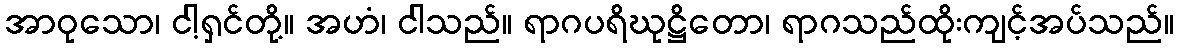
အာဝုသော၊ ငါ့ရှင်တို့။ အဟံ၊ ငါသည်။ ရာဂပရိဃုဋ္ဌိတော၊ ရာဂသည်ထိုးကျင့်အပ်သည်။